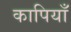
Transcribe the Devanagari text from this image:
कापियाँ